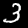
Digit: 3